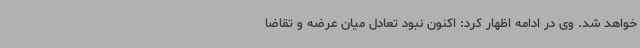
خواهد شد. وی در ادامه اظهار کرد: اکنون نبود تعادل میان عرضه و تقاضا